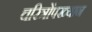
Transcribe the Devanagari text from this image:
चरित्रोंपख्यान